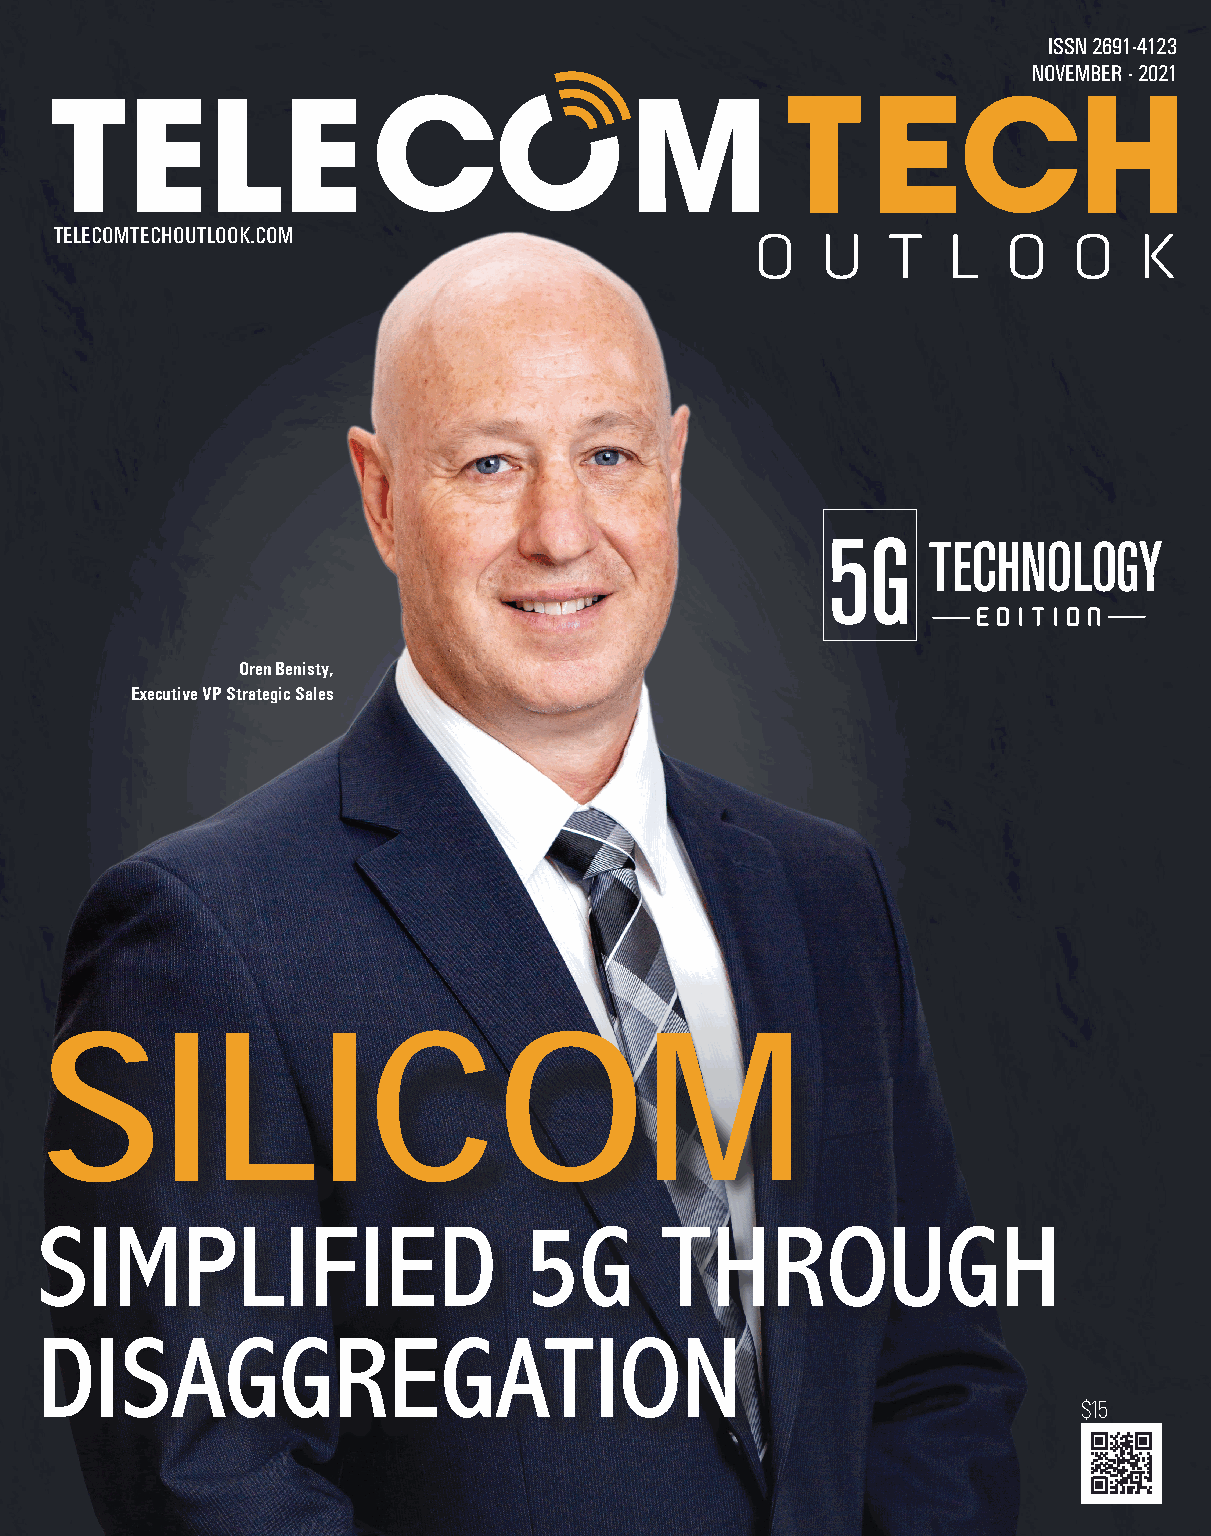
ISSN 2691-4123
 NOVEMBER - 2021
 TELECOMTECHOUTLOOK.COM
 5G
 TECHNOLOGY
 E D I T I O N
 Oren Benisty,
 Executive VP Strategic Sales
 SILICOM
 SIMPLIFIED                       5G       THROUGH
 DISAGGREGATION
 $15